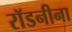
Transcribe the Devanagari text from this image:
रॉडनीना